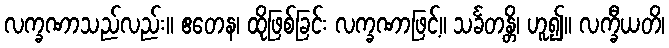
လက္ခဏာသည်လည်း။ ဧတေန၊ ထိုဖြစ်ခြင်း လက္ခဏာဖြင့်။ သင်္ခတန္တိ၊ ဟူ၍။ လက္ခီယတိ၊